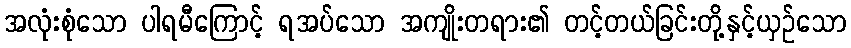
အလုံးစုံသော ပါရမီကြောင့် ရအပ်သော အကျိုးတရား၏ တင့်တယ်ခြင်းတို့နှင့်ယှဉ်သော